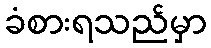
ခံစားရသည်မှာ